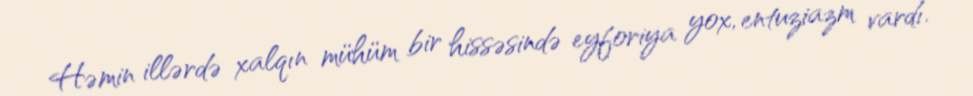
Həmin illərdə xalqın mühüm bir hissəsində eyforiya yox, entuziazm vardı.